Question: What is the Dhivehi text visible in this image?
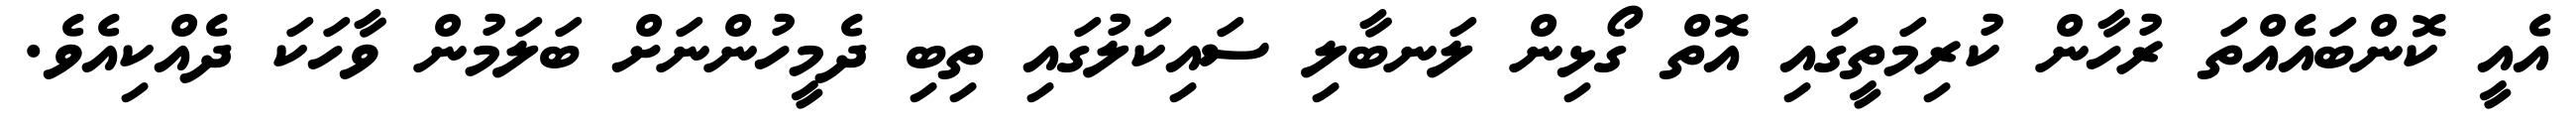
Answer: އެއީ ކޮންބައެއްތަ ރުހާން ކުރިމަތީގައި އޮތް ގޯޅިން ލަނބާލި ސައިކަލުގައި ތިބި ދެމީހުންނަށް ބަލަމުން ވާހަކަ ދެއްކިއެވެ.